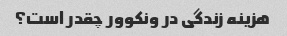
هزینه زندگی در ونکوور چقدر است؟